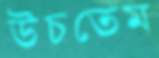
উচতেম